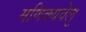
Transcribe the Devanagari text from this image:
मणिक्यवेलु